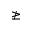
\ngeq